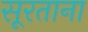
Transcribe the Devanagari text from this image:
सूरताना